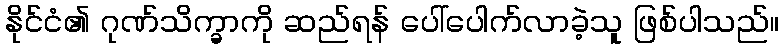
နိုင်ငံ၏ ဂုဏ်သိက္ခာကို ဆည်ရန် ပေါ်ပေါက်လာခဲ့သူ ဖြစ်ပါသည်။